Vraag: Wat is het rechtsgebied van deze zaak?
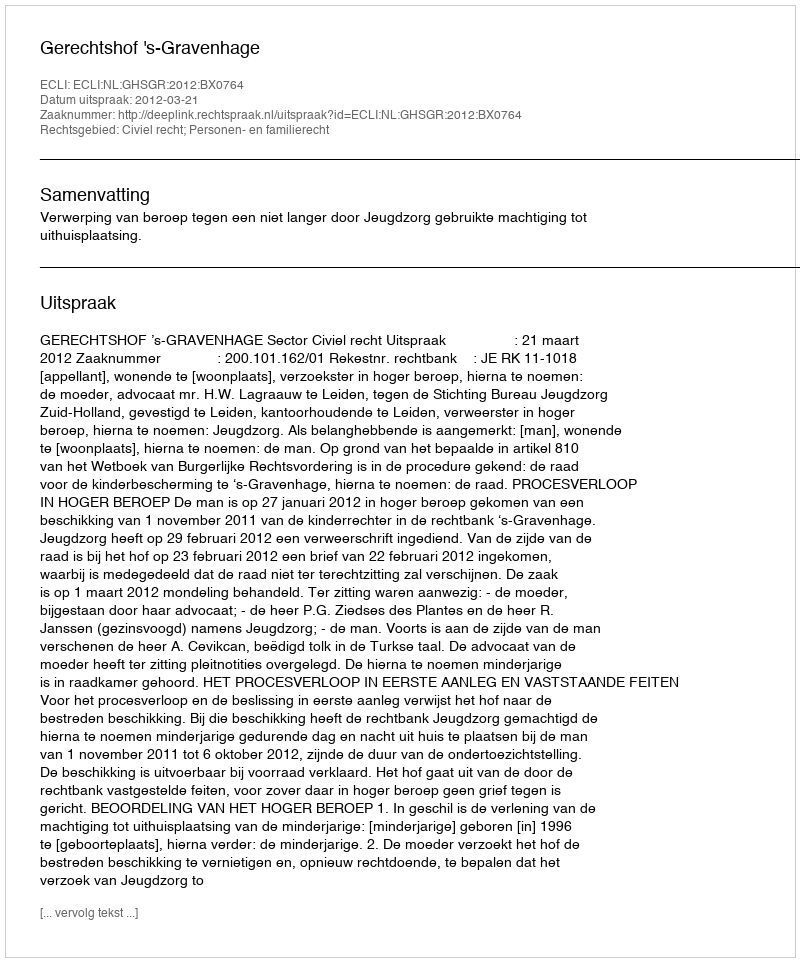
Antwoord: Civiel recht; Personen- en familierecht